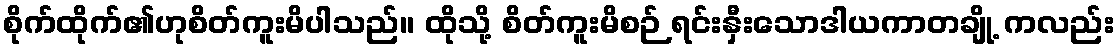
စိုက်ထိုက်၏ဟုစိတ်ကူးမိပါသည်။ ထိုသို့ စိတ်ကူးမိစဉ် ရင်းနှီးသောဒါယကာတချို့ ကလည်း